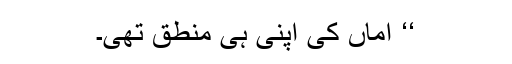
‘‘ اماں کی اپنی ہی منطق تھی۔